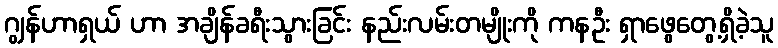
ဂျွန်ဟာရှယ် ဟာ အချိန်ခရီးသွားခြင်း နည်းလမ်းတမျိုးကို ကနဦး ရှာဖွေတွေ့ရှိခဲ့သူ